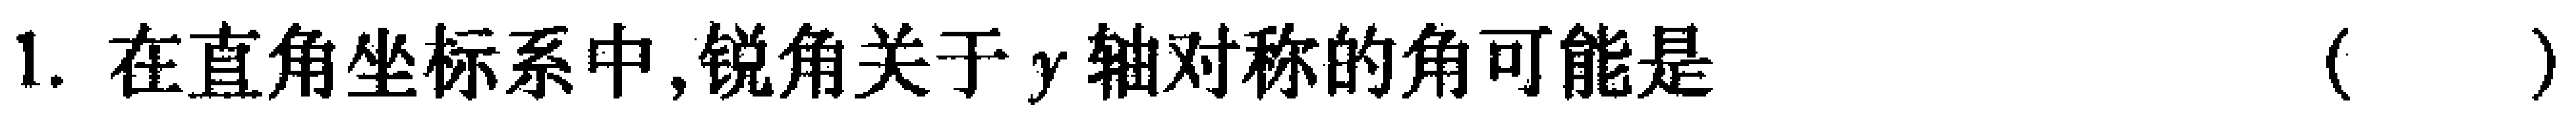
1. 在直角坐标系中,锐角关于\(y\)轴对称的角可能是（  ）